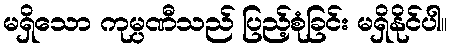
မရှိသော ကုမ္ပဏီသည် ပြည့်စုံခြင်း မရှိနိုင်ပါ။